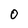
Character: 0